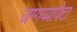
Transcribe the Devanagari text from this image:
जग्गय्यापेटा